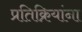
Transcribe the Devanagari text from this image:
प्रतिक्रियांना